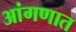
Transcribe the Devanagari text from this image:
आंगणात